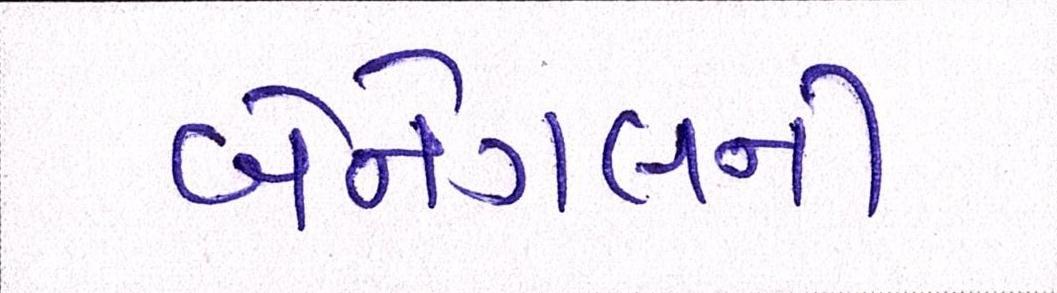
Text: બેનેગલની